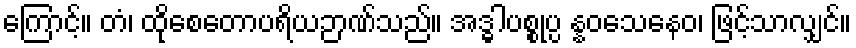
ကြောင့်။ တံ၊ ထိုစေတောပရိယဉာဏ်သည်။ အဒ္ဓါပစ္စုပ္ပ န္နဝသေနေဝ၊ ဖြင့်သာလျှင်။